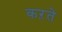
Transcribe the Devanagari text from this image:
कऱते